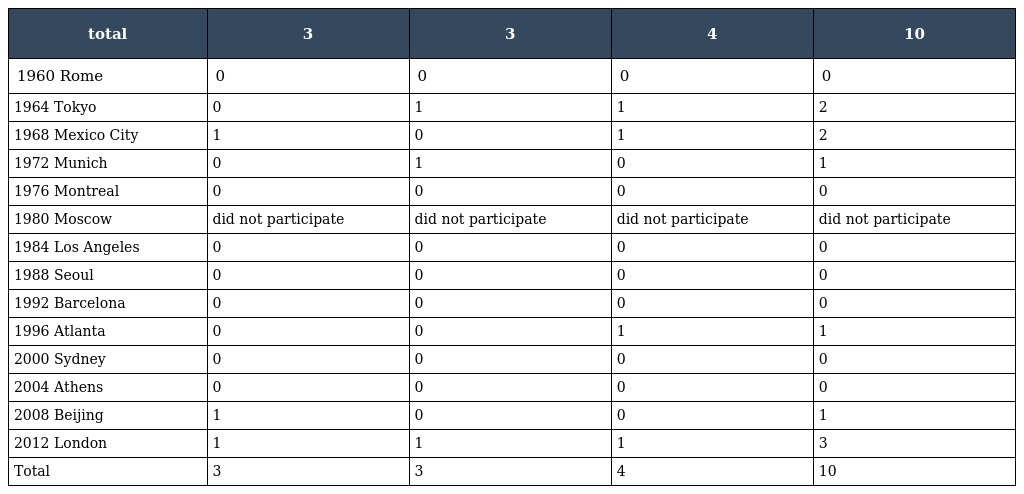
| total | 3 | 3 | 4 | 10 |
 | --- | --- | --- | --- | --- |
 | 1960 Rome | 0 | 0 | 0 | 0 |
 | 1964 Tokyo | 0 | 1 | 1 | 2 |
 | 1968 Mexico City | 1 | 0 | 1 | 2 |
 | 1972 Munich | 0 | 1 | 0 | 1 |
 | 1976 Montreal | 0 | 0 | 0 | 0 |
 | 1980 Moscow | did not participate | did not participate | did not participate | did not participate |
 | 1984 Los Angeles | 0 | 0 | 0 | 0 |
 | 1988 Seoul | 0 | 0 | 0 | 0 |
 | 1992 Barcelona | 0 | 0 | 0 | 0 |
 | 1996 Atlanta | 0 | 0 | 1 | 1 |
 | 2000 Sydney | 0 | 0 | 0 | 0 |
 | 2004 Athens | 0 | 0 | 0 | 0 |
 | 2008 Beijing | 1 | 0 | 0 | 1 |
 | 2012 London | 1 | 1 | 1 | 3 |
 | Total | 3 | 3 | 4 | 10 |